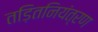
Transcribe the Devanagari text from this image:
तड़ितनियंत्रण